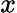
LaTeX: \displaystyle x